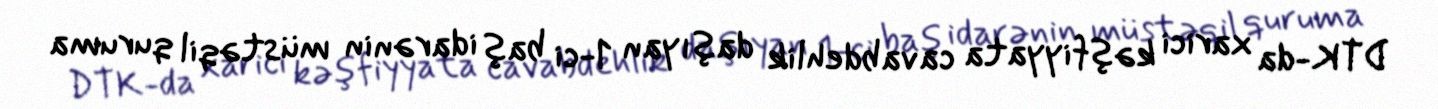
DTK-da xarici kəşfiyyata cavabdehlik daşıyan 1-ci baş idarənin müstəqil quruma